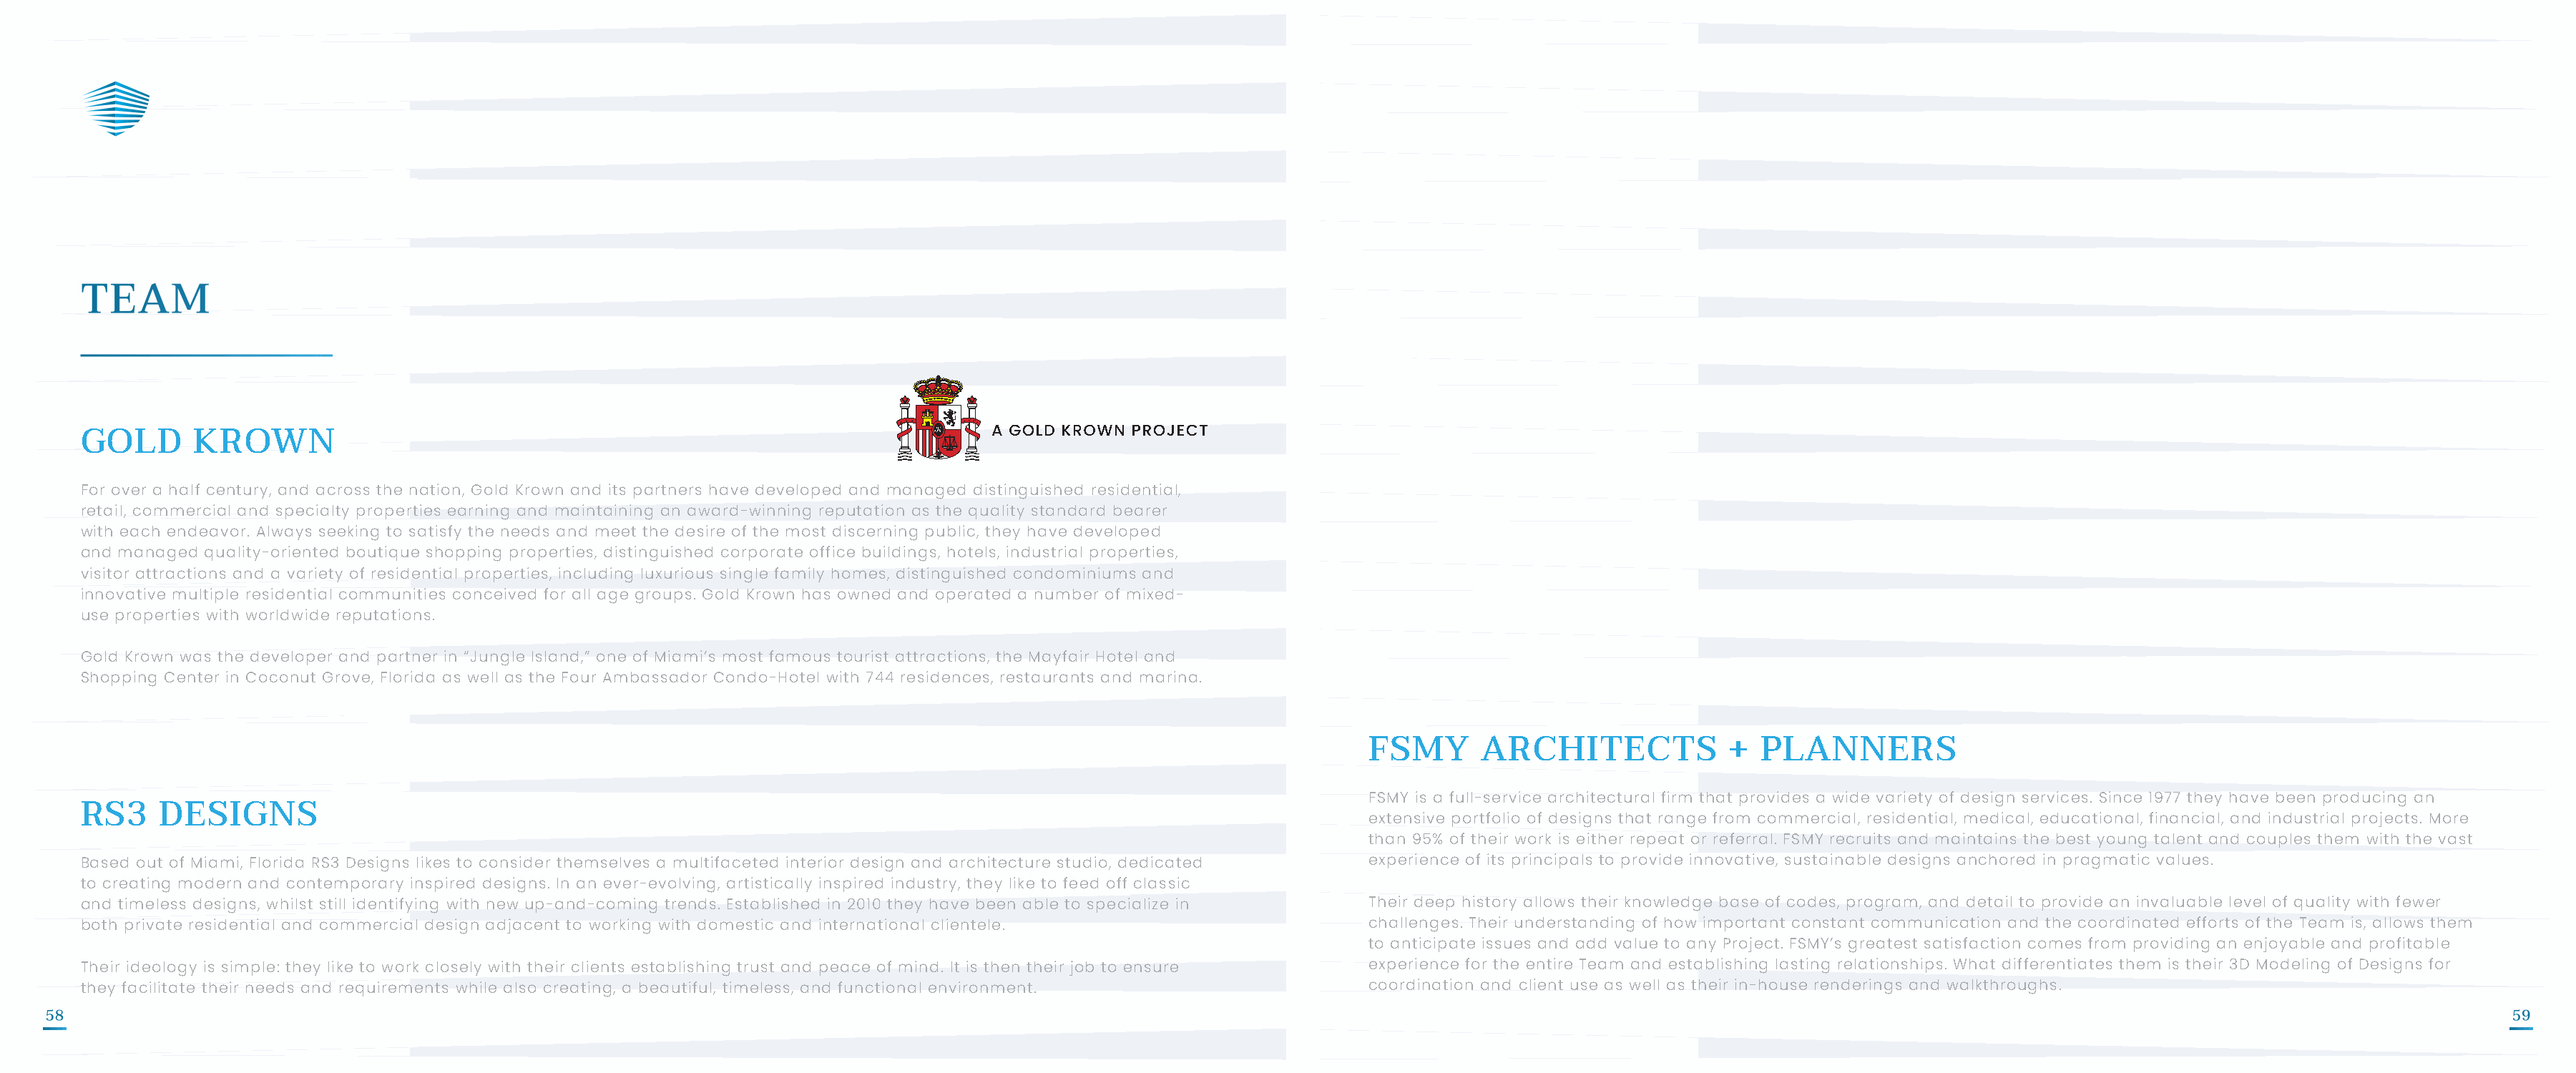
GOLD       KROWN
 For over a half century, and across the nation, Gold Krown and its partners have developed and managed distinguished residential,
 retail, commercial and specialty properties earning and maintaining an award-winning reputation as the quality standard bearer
 with each endeavor. Always seeking to satisfy the needs and meet the desire of the most discerning public, they have developed
 and managed quality-oriented boutique shopping properties, distinguished corporate office buildings, hotels, industrial properties,
 visitor attractions and a variety of residential properties, including luxurious single family homes, distinguished condominiums and
 innovative multiple residential communities conceived for all age groups. Gold Krown has owned and operated a number of mixed-
 use properties with worldwide reputations.
 Gold Krown was the developer and partner in “Jungle Island,” one of Miami’s most famous tourist attractions, the Mayfair Hotel and
 Shopping Center in Coconut Grove, Florida as well as the Four Ambassador Condo-Hotel with 744 residences, restaurants and marina.
 FSMY      ARCHITECTS             +  PLANNERS
 FSMY is a full-service architectural firm that provides a wide variety of design services. Since 1977 they have been producing an
 RS3     DESIGNS                                                                                                         extensive portfolio of designs that range from commercial, residential, medical, educational, financial, and industrial projects. More
 than 95% of their work is either repeat or referral. FSMY recruits and maintains the best young talent and couples them with the vast
 Based out of Miami, Florida RS3 Designs likes to consider themselves a multifaceted interior design and architecture studio, dedicated experience of its principals to provide innovative, sustainable designs anchored in pragmatic values.
 to creating modern and contemporary inspired designs. In an ever-evolving, artistically inspired industry, they like to feed off classic
 and timeless designs, whilst still identifying with new up-and-coming trends. Established in 2010 they have been able to specialize in Their deep history allows their knowledge base of codes, program, and detail to provide an invaluable level of quality with fewer
 both private residential and commercial design adjacent to working with domestic and international clientele.           challenges. Their understanding of how important constant communication and the coordinated efforts of the Team is, allows them
 to anticipate issues and add value to any Project. FSMY’s greatest satisfaction comes from providing an enjoyable and profitable
 Their ideology is simple: they like to work closely with their clients establishing trust and peace of mind. It is then their job to ensure experience for the entire Team and establishing lasting relationships. What differentiates them is their 3D Modeling of Designs for
 they facilitate their needs and requirements while also creating, a beautiful, timeless, and functional environment.    coordination and client use as well as their in-house renderings and walkthroughs.
 58                                                                                                                                                                                                                                  59